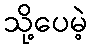
သို့ပေမဲ့